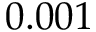
0 . 0 0 1